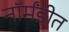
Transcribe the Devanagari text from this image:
नॉर्मंडीत